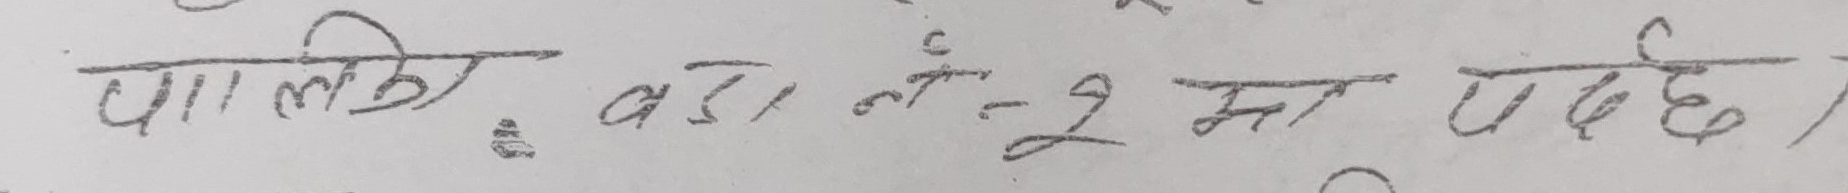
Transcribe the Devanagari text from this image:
पालिका, वडा नं २ मा पर्दछ ।